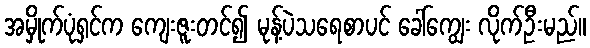
အမှိုက်ပုံရှင်က ကျေးဇူးတင်၍ မုန့်ပဲသရေစာပင် ခေါ်ကျွေး လိုက်ဦးမည်။